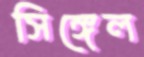
সিঙ্গেল